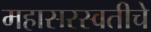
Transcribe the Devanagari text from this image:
महासरस्वतीचे